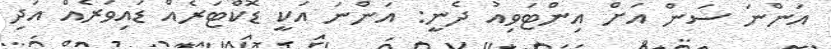
އަންނަ ސަން އަށް އިންޓަވިއު ދެނީ: އަންނަ އަކީ ޑޮކްޓަރެއް ޑައިވަރެއް އަދި